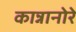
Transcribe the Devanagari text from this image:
कान्नानोरे